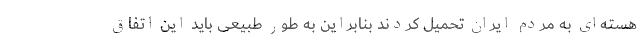
هسته‌ای به مردم ایران تحمیل کردند بنابراین به طور طبیعی باید این اتفاق